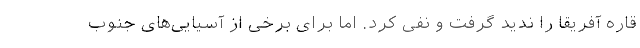
قاره آفریقا را ندید گرفت و نفی کرد. اما برای برخی از آسیایی‌های جنوب